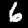
Digit: 6